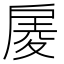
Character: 𢩑